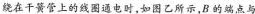
绕在干簧管上的线圈通电时，如图乙所示，B的端点与